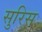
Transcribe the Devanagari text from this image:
सुरिस